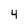
Character: 4